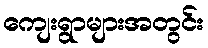
ကျေးရွာများအတွင်း